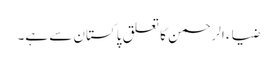
ضیاء الرحمن کا تعلق پاکستان سے ہے۔